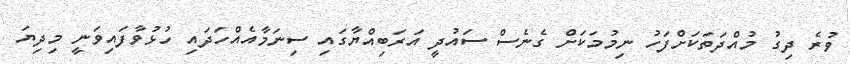
ވުރެ ދިގު މުއްދަތަކަށްފަހު ނިމުމަކަށް ގެނެސް ސައުދީ އަރަބިއްޔާގައި ސިނަމާއެއްހަދައި ހުޅުވާފައިވަނީ މިދިޔަ